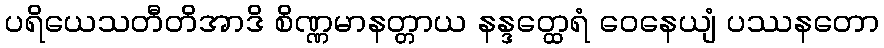
ပရိယေသတီတိအာဒိ စိဏ္ဏမာနတ္တာယ နန္ဒတ္ထေရံ ဝေနေယျံ ပဿနတော